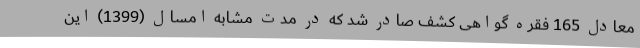
معادل 165 فقره گواهی کشف صادر شد که در مدت مشابه امسال (1399) این